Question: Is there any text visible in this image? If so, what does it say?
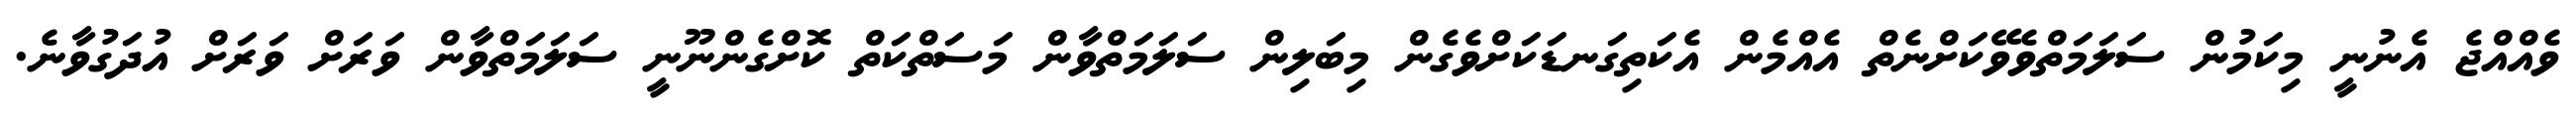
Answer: ވެއްއްޖެ އެނުނީ މިކަމުން ސަލަމަތްވެވޭކަށްނެތް އެއްމެން އެކަތިގަނޑަކަށްވެގެން މިބަލިން ސަލަމަތްވާން މަސަތްކަތް ކޮށްގެންނޫނީ ސަލަމަތްވާން ވަރަށް ވަރަށް އުދަގުވާނެ.